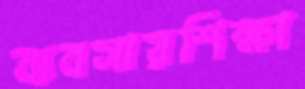
ব্যবসায়শিক্ষা